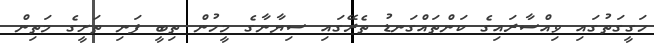
ހަގީގަތުގައި ވިއްސާރައިގެ ކަންތައްގަނޑު ތެރޭގައި ސިޔާނާގެ މީހުން ތިބީ ފަނި ތަށީގެ މަތިން